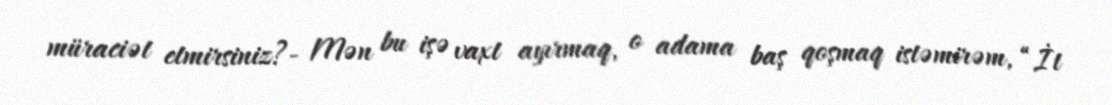
müraciət etmirsiniz?- Mən bu işə vaxt ayırmaq, o adama baş qoşmaq istəmirəm, “İt